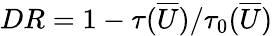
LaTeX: {DR}=1-\tau(\overline{{U}})/\tau_{0}(\overline{{U}})